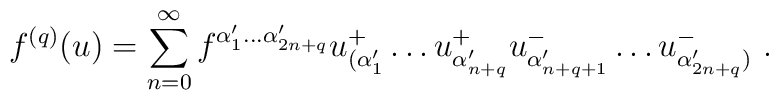
f^{(q)}(u) = \sum^\infty_{n=0} f^{\alpha'_1 \ldots \alpha'_{2n+q}}u^+_{(\alpha'_1} \ldots u^+_{\alpha'_{n+q}} u^-_{\alpha'_{n+q+1}}\ldots u^-_{\alpha'_{2n+q})} \ .